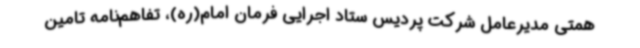
همتی مدیرعامل شرکت پردیس ستاد اجرایی فرمان امام(ره)، تفاهم‌نامه تامین